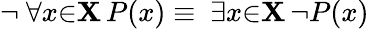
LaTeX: \lnot\ \forall{x}{\in}\mathbf{X}\, P(x)\equiv\ \exists{x}{\in}\mathbf{X}\, \lnot P(x)